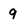
Character: 9